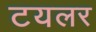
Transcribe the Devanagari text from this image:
टयलर